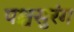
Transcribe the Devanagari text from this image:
पश्चसुरंग